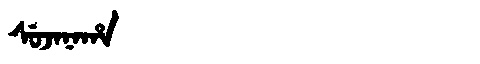
Manchu: ᠰᡠᠵᠠᠨᠠᡥᠠ
Romanization: SUJANAHA